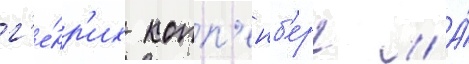
г'е́нр'их копп'енб'ерг // А́